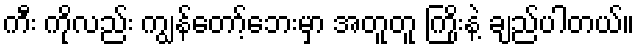
ကီး ကိုလည်း ကျွန်တော့်ဘေးမှာ အတူတူ ကြိုးနဲ့ ချည်ပါတယ်။